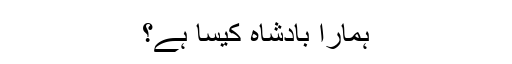
ہمارا بادشاہ کیسا ہے؟